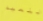
لنعيد